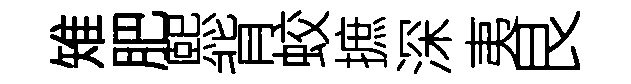
雉肥熙背蛟摭深夷艮